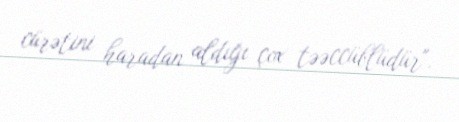
cürətini haradan aldığı çox təəccüblüdür".